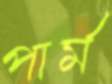
পার্ম